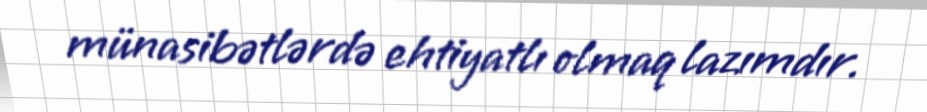
münasibətlərdə ehtiyatlı olmaq lazımdır.